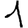
Digit: 1